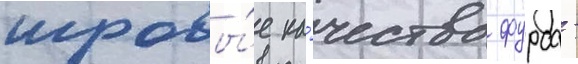
игровы́е ка́чества фурса -